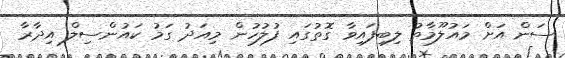
ސަން އަށް މައުލޫމާތު ލިބިފައިވާ ގޮތުގައި ފުލުހުން މިއަދު ގަމު ކައުންސިލް އިދާރާ